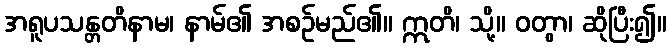
အရူပသန္တတိနာမ၊ နာမ်၏ အစဉ်မည်၏။ ဣတိ၊ သို့။ ဝတွာ၊ ဆိုပြီး၍။